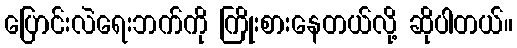
ပြောင်းလဲရေးဘက်ကို ကြိုးစားနေတယ်လို့ ဆိုပါတယ်။